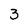
Character: 3